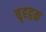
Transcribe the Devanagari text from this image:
बृहद्वक्र